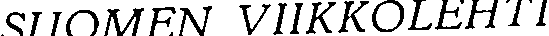
SUOMEN VIIKKOLEHTI